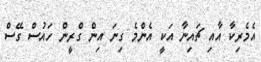
އެމެރިކާ އާއި ޗައިނާ އަކީ އެންމެ ގިނަ އިން ގްރީން ހައުސް ގޭސް